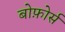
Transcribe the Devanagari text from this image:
बोफ़ोर्स